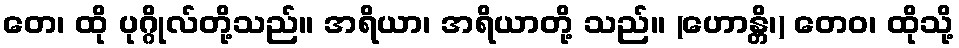
တေ၊ ထို ပုဂ္ဂိုလ်တို့သည်။ အရိယာ၊ အရိယာတို့ သည်။ (ဟောန္တိ၊) တေဝ၊ ထိုသို့